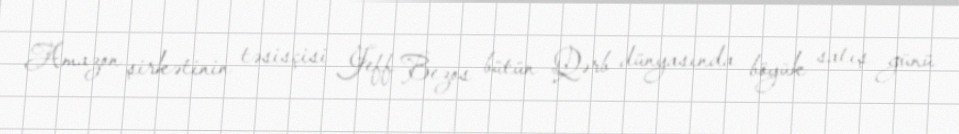
Amazon şirkətinin təsisçisi Jeff Bezos bütün Qərb dünyasında böyük satış günü